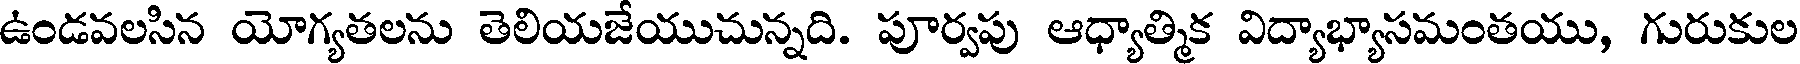
ఉండవలసిన యోగ్యతలను తెలియజేయుచున్నది. పూర్వపు ఆధ్యాత్మిక విద్యాభ్యాసమంతయు, గురుకుల